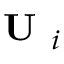
\textbf { U } _ { i }